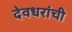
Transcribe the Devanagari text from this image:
देवधरांची